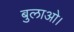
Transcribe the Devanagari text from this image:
बुलाओ।